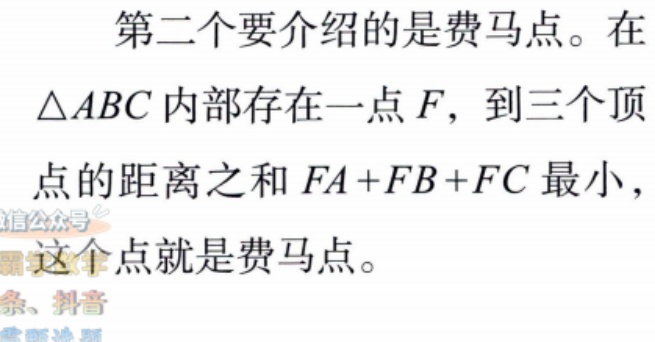
第二个要介绍的是费马点。在$\triangle ABC$内部存在一点$F$，到三个顶点的距离之和$FA + FB + FC$最小，这个点就是费马点。